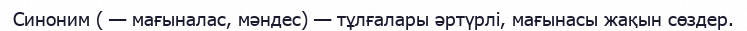
Синоним ( — мағыналас, мәндес) — тұлғалары әртүрлі, мағынасы жақын сөздер.